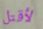
لأقتل